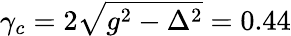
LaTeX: \gamma_{c}=2\sqrt{g^{2}-\Delta^{2}}=0.44